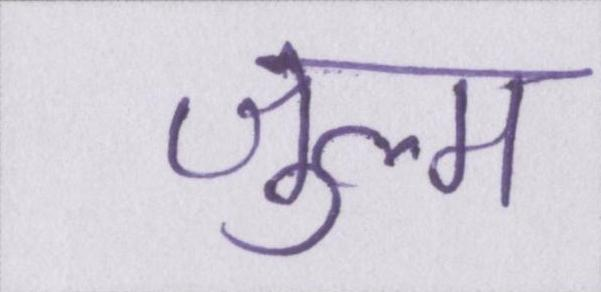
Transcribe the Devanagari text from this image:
ज़ुल्म